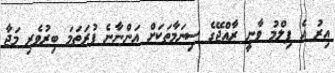
އިރު އެ ފިލްމު ވާނީ ރާއްޖޭގެ ސިނަމާތަކަށް އަންނާނެ ފުރަތަމަ ބިރުވެރި މަޖާ